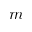
m